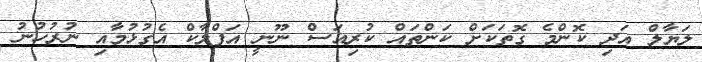
ލަޔާލް އަދި ކޮންމެ ގޮތަކަށް ކަންތައް ކުރިއަސް ނޫނީ އަފްލާކް އެގުޅުމާއި ނުރުހުނު